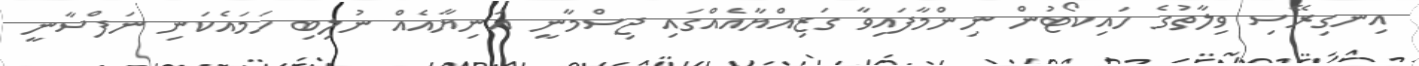
އިނގިރޭސި ވިލާތުގެ ހައިކޯޓުން ނިންމާފައިވާ ގަޒިއްޔާއެއްގައި ޖިސްމާނީ އަނިޔާއެއް ނުލިބި ހަމައެކަނި ނަފްސާނީ